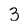
Character: 3